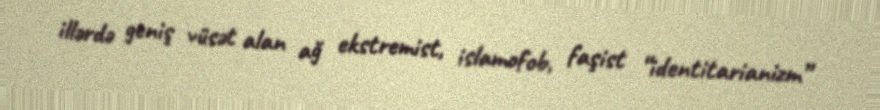
illərdə geniş vüsət alan ağ ekstremist, islamofob, faşist “identitarianizm”